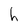
Character: h